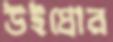
উইপ্রোর